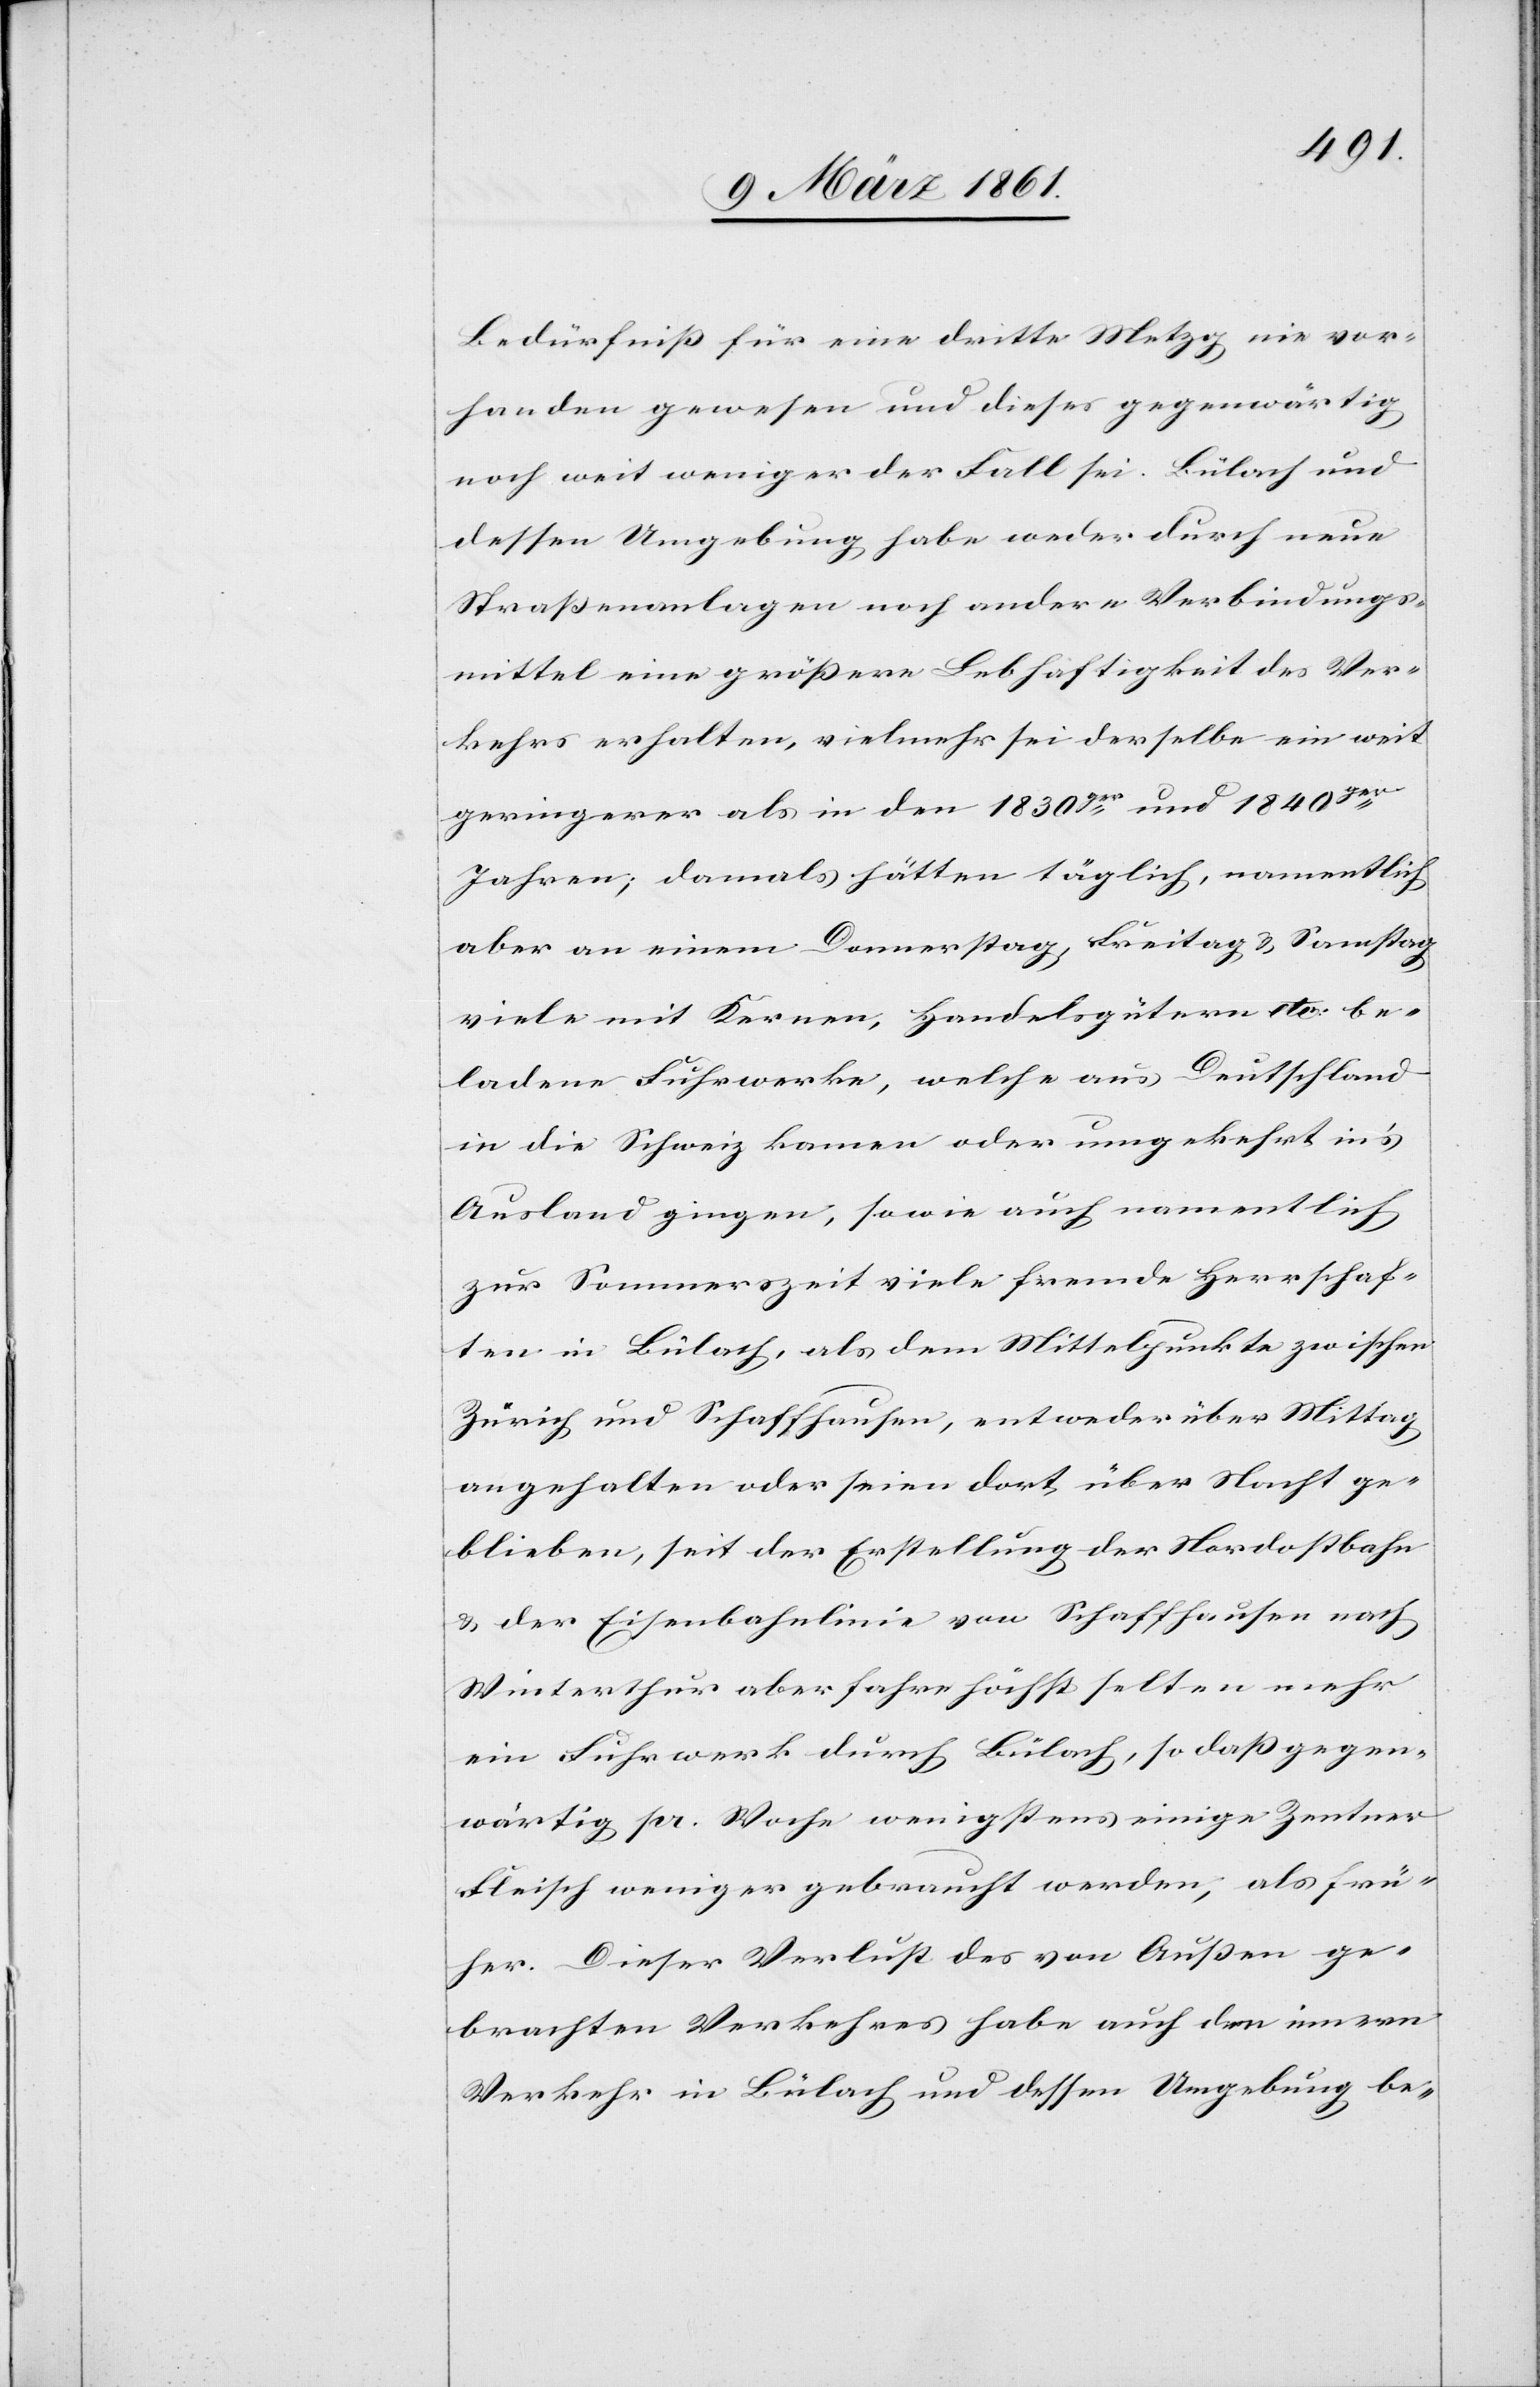
Bedürfniss für eine dritte Metzg nie vor¬
handen gewesen und dieses gegenwärtig
noch weit weniger der Fall sei. Bülach und
dessen Umgebung habe weder durch neue
Strassenanlagen noch andere Verbindungs¬
mittel eine grössere Lebhaftigkeit des Ver¬
kehrs erhalten, vielmehr sei derselbe ein weit
geringerer als in den 1830ger und 1840ger
Jahren; damals hätten täglich, namentlich
aber an einem Donnerstag, Freitag u. Samstag
viele mit Kernen, Handelsgütern etc. be¬
ladene Fuhrwerke, welche aus Deutschland
in die Schweiz kamen oder umgekehrt in’s
Ausland gingen, sowie auch namentlich
zur Sommerszeit viele fremde Herrschaf¬
ten in Bülach, als dem Mittelpunkte zwischen
Zürich und Schaffhausen, entweder über Mittag
angehalten oder seien dort, über Nacht ge¬
blieben, seit der Erstellung der Nordostbahn
u. der Eisenbahnlinie von Schaffhausen nach
Winterthur aber fahre höchst selten mehr
ein Fuhrwerk durch Bülach, so dass gegen¬
wärtig pr. Woche wenigstens einige Zentner
Fleisch weniger gebraucht werden, als frü¬
her. Dieser Verlust des von Aussen ge¬
brachten Verkehres habe auch den innern
Verkehr in Bülach und dessen Umgebung be-